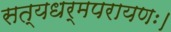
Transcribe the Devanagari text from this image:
सत्यधर्मपरायणः।